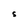
Character: S